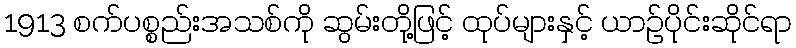
1913 စက်ပစ္စည်းအသစ်ကို ဆွမ်းတို့ဖြင့် ထုပ်များနှင့် ယာဉ်ပိုင်းဆိုင်ရာ